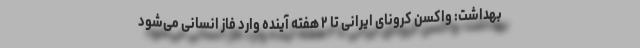
بهداشت: واکسن کرونای ایرانی تا ۲ هفته آینده وارد فاز انسانی می‌شود